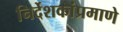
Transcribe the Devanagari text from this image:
निर्देशकांप्रमाणे